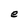
Character: e